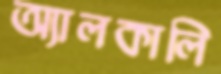
অ্যালকালি